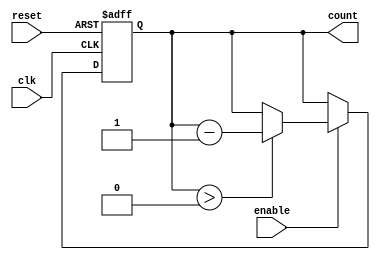
module down_counter #(
    parameter N = 4,              // Number of bits for the counter
    parameter MAX_VALUE = 15      // Maximum value for the counter (2^N - 1)
)(
    input wire clk,               // Clock input
    input wire reset,             // Asynchronous reset
    input wire enable,            // Enable signal
    output reg [N-1:0] count      // Current count value output
);

// Asynchronous reset and initialization
always @(posedge clk or posedge reset) begin
    if (reset) begin
        count <= MAX_VALUE;       // Reset to maximum value
    end else if (enable) begin
        if (count > 0) begin
            count <= count - 1;   // Decrement the count
        end
    end
end

endmodule